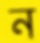
ন